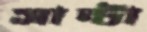
সান্টা